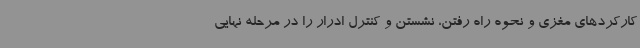
کارکردهای مغزی و نحوه راه رفتن، نشستن و کنترل ادرار را در مرحله نهایی